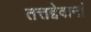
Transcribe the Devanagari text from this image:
तत्तद्देवानां